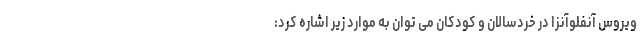
ویروس آنفلوآنزا در خردسالان و کودکان می توان به موارد زیر اشاره کرد: